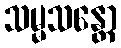
သမ္မသန္တော